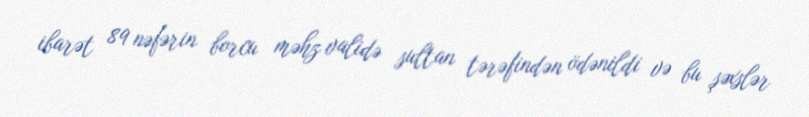
ibarət 89 nəfərin borcu məhz validə sultan tərəfindən ödənildi və bu şəxslər